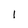
Character: 1